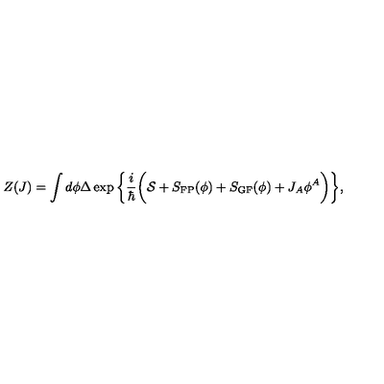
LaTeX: Z ( J ) = \int d \phi \Delta \exp \bigg \{ \frac { i } { \hbar } \bigg ( { \cal S } + S _ { \mathrm { F P } } ( \phi ) + S _ { \mathrm { G F } } ( \phi ) + J _ { A } \phi ^ { A } \bigg ) \bigg \} ,